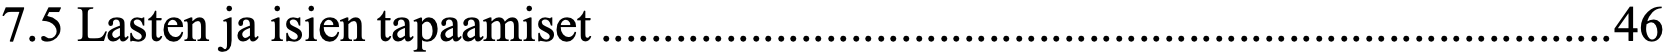
7.5 Lasten ja isien tapaamiset ................................................................................. 46